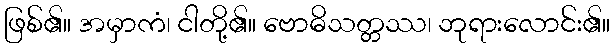
ဖြစ်၏။ အမှာကံ၊ ငါတို့၏။ ဗောဓိသတ္တဿ၊ ဘုရားလောင်း၏။